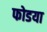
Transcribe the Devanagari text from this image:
फोडया